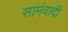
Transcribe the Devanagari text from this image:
सामंवादी